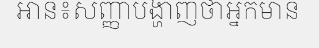
អាន៖សញ្ញាបង្ហាញថាអ្នកមាន